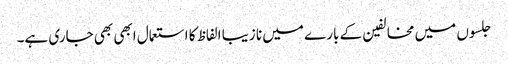
جلسوں میں مخالفین کے بارے میں نا زیبا الفاظ کا استعمال ابھی بھی جاری ہے۔